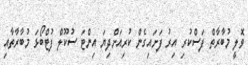
ވޮލީ މުބާރާތް ފަސްކުރި އިރު ފަށައިގެން ކުރިއަށްދިޔަ އިންޓަ ސުކޫލް ފުޓްބޯޅަ މުބާރާތާއި